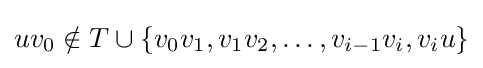
uv_{0}\notin T\cup \{v_{0}v_{1},v_{1}v_{2},\dotsc ,v_{i-1}v_{i},v_{i}u\}